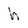
Character: h